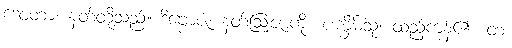
ဒေဝတာ၊ နတ်တို့သည်။ ဒိဗ္ဗောဇံ၊ နတ်ဩဇာကို။ ပက္ခိမိံသုံ၊ ထည့်ကုန်၏။ တံ၊